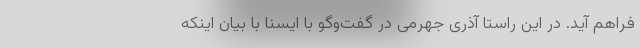
فراهم آید. در این راستا آذری جهرمی در گفت‌وگو با ایسنا با بیان اینکه